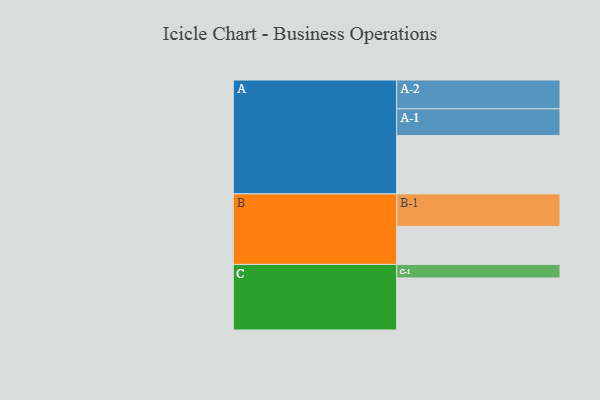
{"axis": {"x": "Segment", "y": "Value"}, "legend": ["", "A", "B", "C"], "data": [{"x": "A", "y": 492, "type": ""}, {"x": "B", "y": 321, "type": ""}, {"x": "C", "y": 439, "type": ""}, {"x": "A-1", "y": 226, "type": "A"}, {"x": "A-2", "y": 243, "type": "A"}, {"x": "B-1", "y": 274, "type": "B"}, {"x": "C-1", "y": 114, "type": "C"}]}